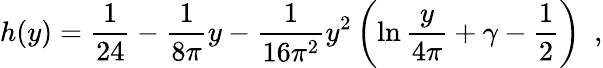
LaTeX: h(y)=\frac{1}{24}-\frac{1}{8\pi}y-\frac{1}{16\pi^{2}}y^{2}\left(\ln\frac{y}{4\pi}+\gamma-\frac{1}{2}\right)~~,